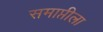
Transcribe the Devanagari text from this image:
समाप्तीला